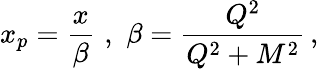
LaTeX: x_{p}={\frac{x}{\beta}}\, \, ,\, \, \beta={\frac{Q^{2}}{Q^{2}+M^{2}}}\, ,